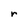
Character: r